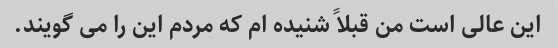
این عالی است من قبلاً شنیده ام که مردم این را می گویند.